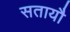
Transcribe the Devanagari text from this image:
सतायौ